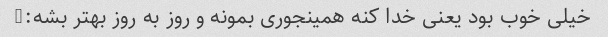
خیلی خوب بود یعنی خدا کنه همینجوری بمونه و روز به روز بهتر بشه:)